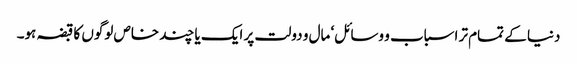
دنیا کے تمام تر اسباب و وسائل‘ مال و دولت پر ایک یا چند خاص لوگوں کا قبضہ ہو۔